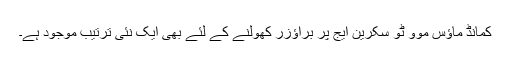
کمانڈ ماؤس موو ٹو سکرین ایج پر براؤزر کھولنے کے لئے بھی ایک نئی ترتیب موجود ہے۔